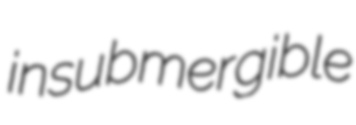
insubmergible